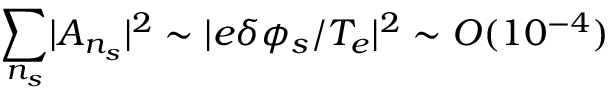
\sum _ { n _ { s } } \lvert A _ { n _ { s } } \rvert ^ { 2 } \sim \lvert e \delta \phi _ { s } / T _ { e } \rvert ^ { 2 } \sim O ( 1 0 ^ { - 4 } )